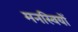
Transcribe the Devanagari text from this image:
मनस्वियों